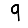
Digit: 9